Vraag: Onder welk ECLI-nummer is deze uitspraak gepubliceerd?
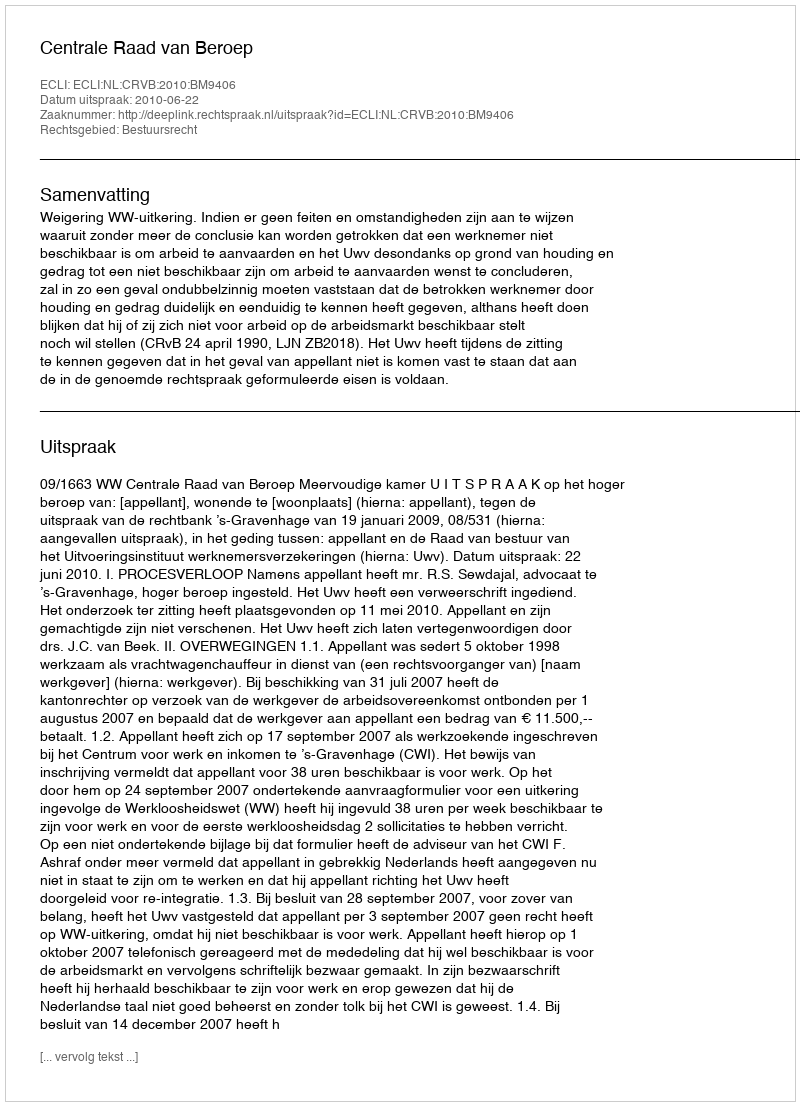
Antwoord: ECLI:NL:CRVB:2010:BM9406